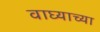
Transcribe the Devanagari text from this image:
वाघ्याच्या